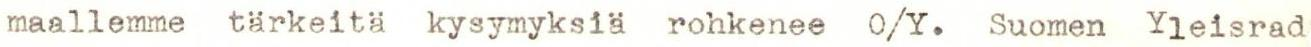
maallemme tärkeitä kysymyksiä rohkenee O/Y. Suomen Yleisrad